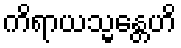
ကိရာယသ္မန္တေဟိ